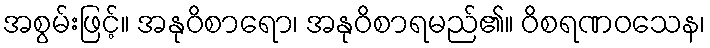
အစွမ်းဖြင့်။ အနုဝိစာရော၊ အနုဝိစာရမည်၏။ ဝိစရဏဝသေန၊